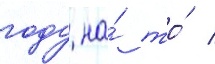
году на́ то́ /